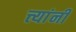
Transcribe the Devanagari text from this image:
त्त्यांनी